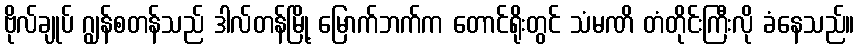
ဗိုလ်ချုပ် ဂျွန်စတန်သည် ဒါလ်တန်မြို့ မြောက်ဘက်က တောင်ရိုးတွင် သံမဏိ တံတိုင်းကြီးလို ခံနေသည်။